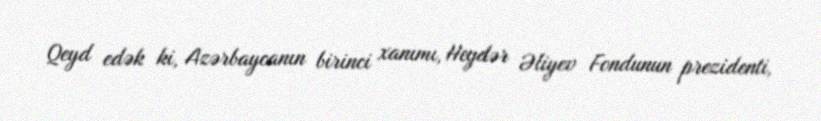
Qeyd edək ki, Azərbaycanın birinci xanımı, Heydər Əliyev Fondunun prezidenti,